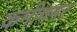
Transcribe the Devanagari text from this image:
कमीषनर